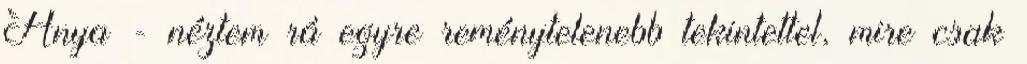
Anya - néztem rá egyre reménytelenebb tekintettel, mire csak